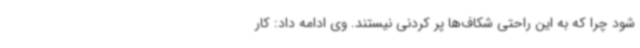
شود چرا که به این راحتی شکاف‌ها پر کردنی نیستند. وی ادامه داد: کار